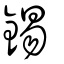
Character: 錫